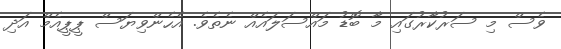
ވެސް މި ސަރުކާރުގައި މާ ބޮޑު މައްސަލައެއް ނެތެވެ. އެހެންވިޔަސް ޕީޕީއެމް އަދި